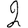
Digit: 2